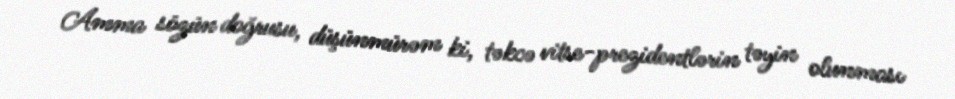
Amma sözün doğrusu, düşünmürəm ki, təkcə vitse-prezidentlərin təyin olunması